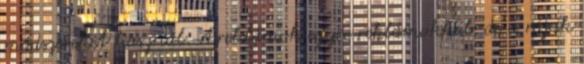
módszereket használ. A reklámok egyre reklámokkal, de a rájuk